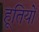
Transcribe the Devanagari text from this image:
हूतियों